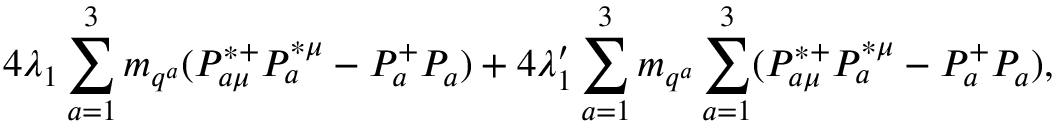
4 \lambda _ { 1 } \sum _ { a = 1 } ^ { 3 } m _ { q ^ { a } } ( P _ { a \mu } ^ { * + } P _ { a } ^ { * \mu } - P _ { a } ^ { + } P _ { a } ) + 4 \lambda _ { 1 } ^ { \prime } \sum _ { a = 1 } ^ { 3 } m _ { q ^ { a } } \sum _ { a = 1 } ^ { 3 } ( P _ { a \mu } ^ { * + } P _ { a } ^ { * \mu } - P _ { a } ^ { + } P _ { a } ) ,